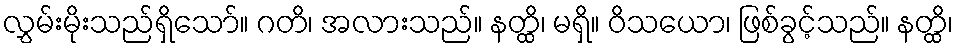
လွှမ်းမိုးသည်ရှိသော်။ ဂတိ၊ အလားသည်။ နတ္ထိ၊ မရှိ။ ဝိသယော၊ ဖြစ်ခွင့်သည်။ နတ္ထိ၊